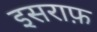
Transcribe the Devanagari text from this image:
इसराफ़